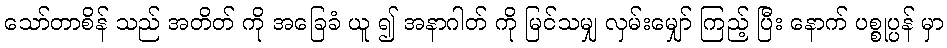
သော်တာစိန် သည် အတိတ် ကို အခြေခံ ယူ ၍ အနာဂါတ် ကို မြင်သမျှ လှမ်းမျှော် ကြည့် ပြီး နောက် ပစ္စုပ္ပန် မှာ